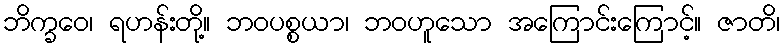
ဘိက္ခဝေ၊ ရဟန်းတို့။ ဘဝပစ္စယာ၊ ဘဝဟူသော အကြောင်းကြောင့်။ ဇာတိ၊